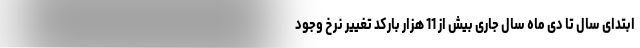
ابتدای سال تا دی ماه سال جاری بیش از 11 هزار بارکد تغییر نرخ وجود